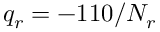
q _ { r } = - 1 1 0 / N _ { r }